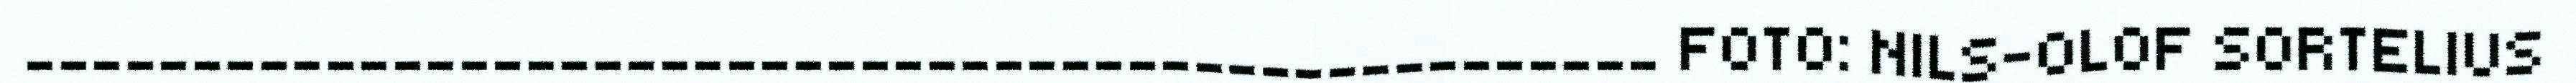
_________________________________________________ FOTO: NILS-OLOF SORTELIUS